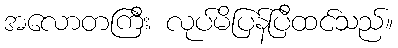
အလောတကြီး လုပ်မိပြန်ပြီထင်သည်။